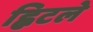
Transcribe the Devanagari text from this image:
ह्विटले